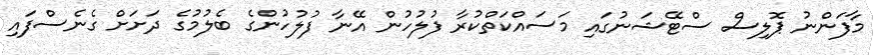
މާފަންނު ޕޮލިސް ސްޓޭޝަނުގައި މަސައްކަތްކުރާ ފުލުހުން އޭނާ ފުލުހުންގެ ބެލުމުގެ ދަށަށް ގެނެސްފައި